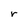
Character: r